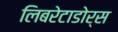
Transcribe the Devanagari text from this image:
लिबरेटाडोर्स